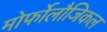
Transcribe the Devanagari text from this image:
मोर्फोलौजिकल